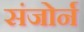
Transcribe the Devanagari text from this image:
संजोर्न